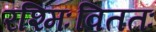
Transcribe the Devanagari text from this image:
रश्मिःविततः